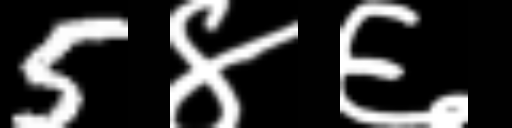
Text: 5४६